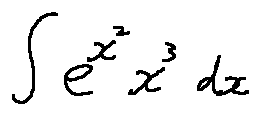
\int e ^ { x ^ { 2 } } x ^ { 3 } d x